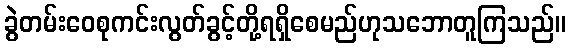
ခွဲတမ်းဝေစုကင်းလွတ်ခွင့်တို့ရရှိစေမည်ဟုသဘောတူကြသည်။